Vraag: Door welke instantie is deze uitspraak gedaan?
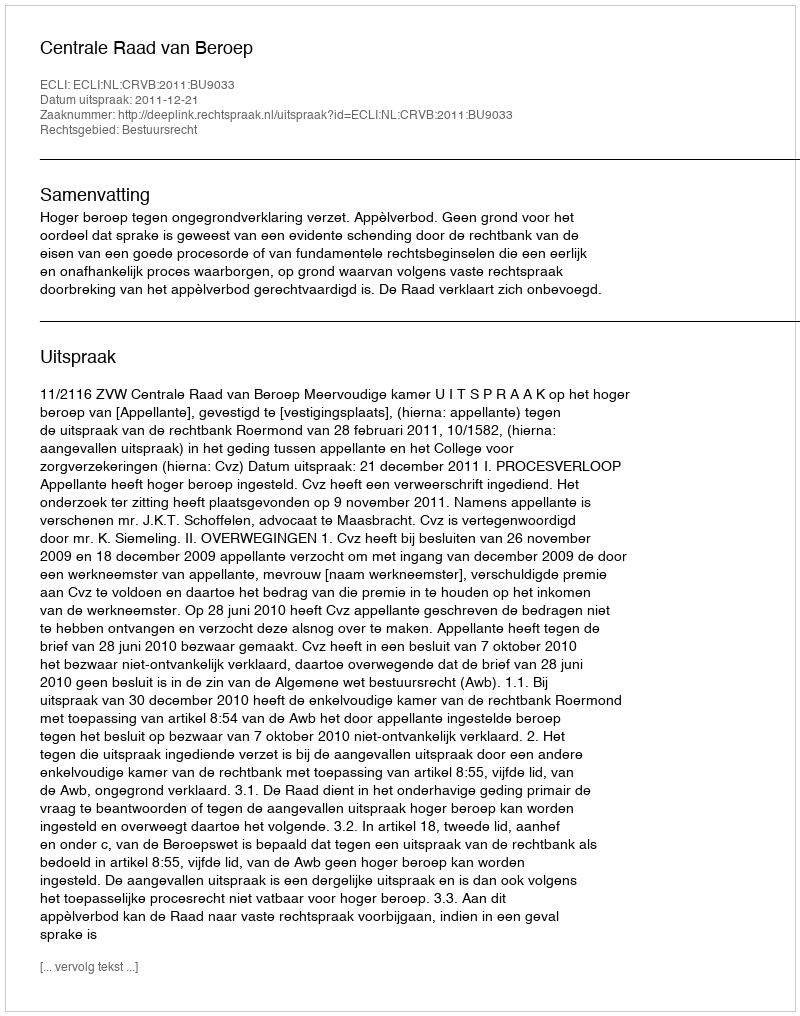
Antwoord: Centrale Raad van Beroep